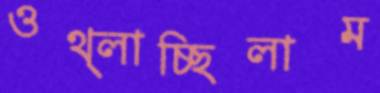
ওথ্‌লাচ্ছিলাম